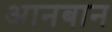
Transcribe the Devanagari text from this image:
आनबान